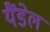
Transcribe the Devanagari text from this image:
यैंडेल